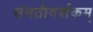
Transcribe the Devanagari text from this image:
संमतीदर्शकम्